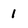
Character: 1